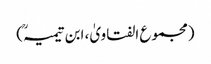
(مجموع الفتاویٰ، ابن تیمیہؒ)